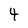
Character: 4